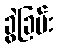
ခွဲခြမ်း